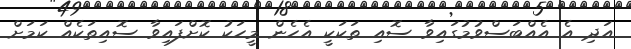
އަދި އެ އެއްބަސްވުމުގައިވާ ސޮއި ތަކަކީ އެހެން މީހަކު ކޮށްފައިވާ ސޮއިތަކެއް ކަމަށް